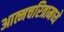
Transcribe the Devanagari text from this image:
आत्मचरित्रामध्ये